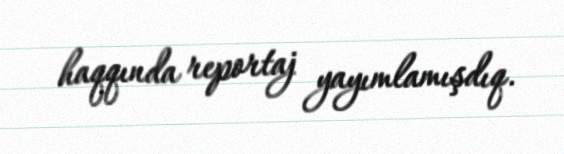
haqqında reportaj yayımlamışdıq.